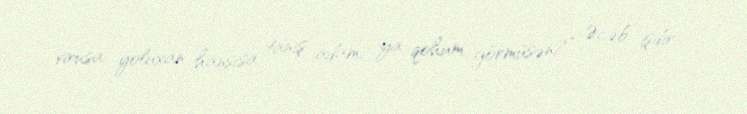
virusa yoluxan hansısa tanış adam, ya qohum görmüsən?” Əcəb işdir.